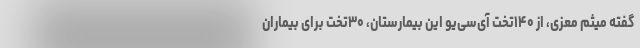
گفته میثم معزی، از ۱۴۰تخت آی‌سی‌یو این بیمارستان، ۳۰تخت برای بیماران